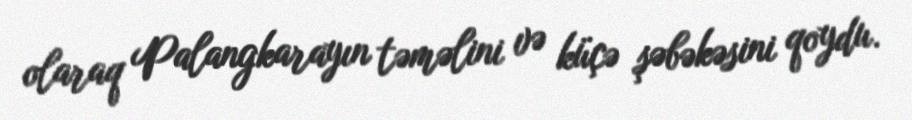
olaraq Palangkarayın təməlini və küçə şəbəkəsini qoydu.